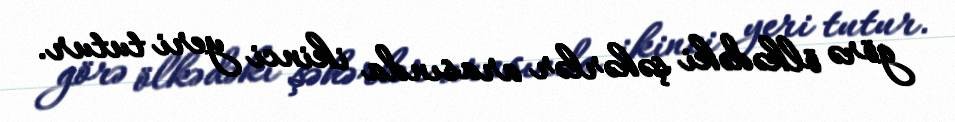
görə ölkədəki şəhərlər arasında ikinci yeri tutur.